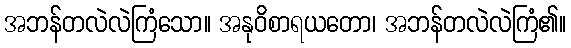
အဘန်တလဲလဲကြံသော။ အနုဝိစာရယတော၊ အဘန်တလဲလဲကြံ၏။